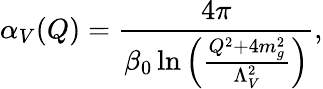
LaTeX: \alpha_{V}(Q)={\frac{4\pi}{\beta_{0}\ln\left({\frac{Q^{2}+4m_{g}^{2}}{\Lambda_{V}^{2}}}\right)}},